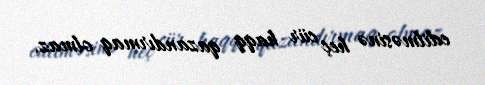
edilməsinə heç cür haqq qazandırmaq olmaz.